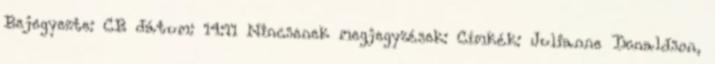
Bejegyezte: CB dátum: 14:11 Nincsenek megjegyzések: Címkék: Julianne Donaldson,